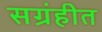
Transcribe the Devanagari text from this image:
सग्रंहीत